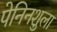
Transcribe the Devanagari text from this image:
पेनिनशुला